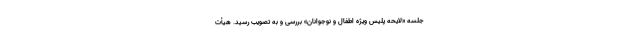
جلسه «لایحه پلیس ویژه اطفال و نوجوانان» بررسی و به تصویب رسید. هیأت